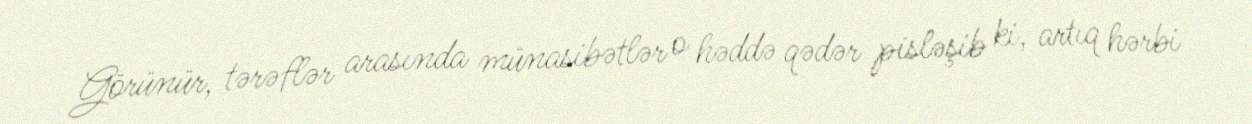
Görünür, tərəflər arasında münasibətlər o həddə qədər pisləşib ki, artıq hərbi